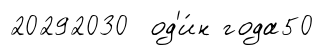
20292030 од'и́н года50